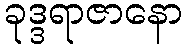
ခုဒ္ဒရာဇာနော